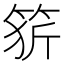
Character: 𥭦